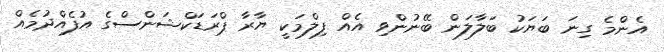
އެންމެ ގިނަ ބަޔަކު ބަލާލަން ބޭނުންވި އެއް ފިލްމަކީ ޔާރާ ޕްރަޑަކްޝަންސްގެ އުފެއްދުމެއް